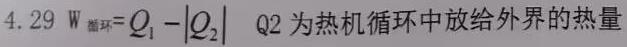
$4.29\ W_{循环}=Q_{1}-\left|Q_{2}\right|$  Q2 为热机循环中放给外界的热量